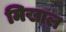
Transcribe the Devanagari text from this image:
मिखाल